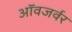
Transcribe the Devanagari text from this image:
ऑवजर्वर